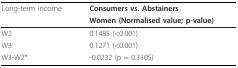
<table><thead><tr><td><b>Long-term income</b></td><td><b>Consumers vs. Abstainers</b></td></tr><tr><td></td><td><b>Women (Normalised value; p-value)</b></td></tr></thead><tbody><tr><td>W2</td><td>0.1485 (&lt;0.001)</td></tr><tr><td>W3</td><td>0.1271 (&lt;0.001)</td></tr><tr><td>W3-W2*</td><td>-0.0232 (p = 0.3105)</td></tr></tbody></table>